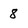
Character: 8